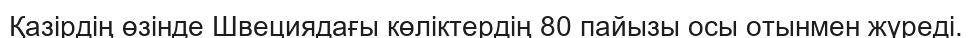
Қазiрдiң өзiнде Швециядағы көлiктердiң 80 пайызы осы отынмен жүредi.